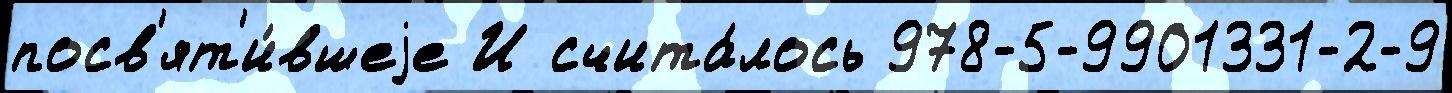
посв'ят'и́вшеjе И счита́лось 978-5-9901331-2-9